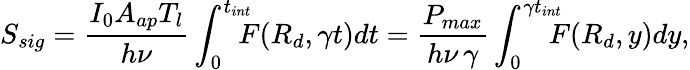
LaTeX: S_{sig}=\frac{I_{0}A_{ap}T_{l}}{h\nu}\int_{0}^{t_{int}}\! \! \! \! F(R_{d},\gamma t)dt=\frac{P_{max}}{h\nu\, \gamma}\int_{0}^{\gamma t_{int}}\! \! \! \! F(R_{d},y)dy,